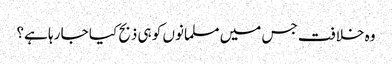
وہ خلافت جس میں مسلمانوں کو ہی ذبح کیا جا رہا ہے؟